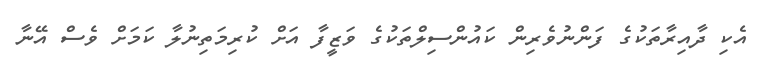
އެކި ދާއިރާތަކުގެ ފަންނުވެރިން ކައުންސިލްތަކުގެ ވަޒީފާ އަށް ކުރިމަތިނުލާ ކަމަށް ވެސް އޭނާ